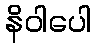
နိဝါပေါ